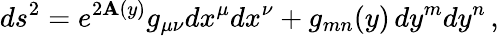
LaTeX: ds^{2}=e^{2\mathbf{A}(y)}g_{\mu\nu}dx^{\mu}dx^{\nu}+g_{mn}(y)\, dy^{m}dy^{n}\, ,